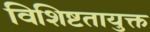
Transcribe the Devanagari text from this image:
विशिष्टतायुक्त